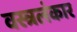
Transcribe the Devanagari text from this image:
वस्त्रलंकार